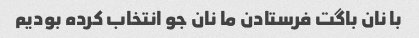
با نان باگت فرستادن ما نان جو انتخاب کرده بودیم